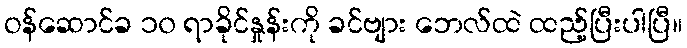
ဝန်ဆောင်ခ ၁၀ ရာခိုင်နှုန်းကို ခင်ဗျား ဘေလ်ထဲ ထည့်ပြီးပါပြီ။